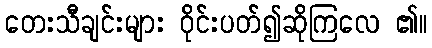
တေးသီချင်းများ ဝိုင်းပတ်၍ဆိုကြလေ ၏။